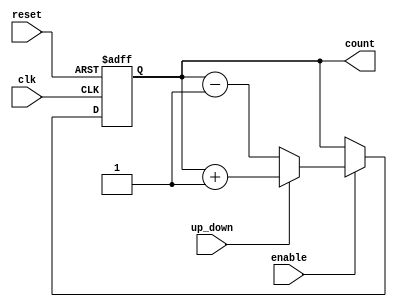
module up_down_counter #(
    parameter N = 4 // Parameter for the bit-width of the counter
)(
    input wire clk,          // Clock signal
    input wire reset,        // Asynchronous reset signal
    input wire up_down,      // Control signal for counting direction
    input wire enable,       // Enable signal for counting
    output reg [N-1:0] count // Current count value
);

// Asynchronous reset and counting logic
always @(posedge clk or posedge reset) begin
    if (reset) begin
        count <= 0; // Reset the counter to zero
    end else if (enable) begin
        if (up_down) begin
            // Count up
            count <= count + 1;
        end else begin
            // Count down
            count <= count - 1;
        end
    end
    // If enable is low, retain the current value of count
end

endmodule